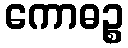
ကောဓဉ္စ